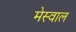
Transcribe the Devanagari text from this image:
मेस्वाल